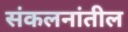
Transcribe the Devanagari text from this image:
संकलनांतील